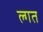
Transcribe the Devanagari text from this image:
ल्गत